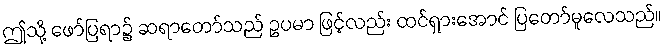
ဤသို့ ဖော်ပြရာ၌ ဆရာတော်သည် ဥပမာ ဖြင့်လည်း ထင်ရှားအောင် ပြတော်မူလေသည်။